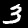
Label: 3